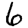
Digit: 6